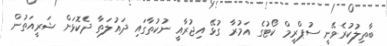
ބާތިލުކުރެވޭނީ ސުޕްރީމް ކޯޓުގެ އަމުރާ ގުޅޭ އިޖުރާއީ ނުކުތާގައި ދައުލަތާ ދެކޮޅަށް ޝަރީއަތުން